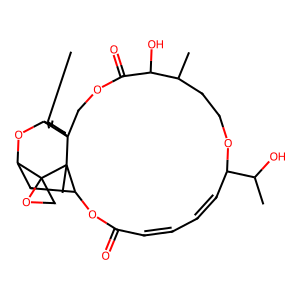
SMILES: CC1=CC2OC3CC4OC(=O)C=CC=CC(C(C)O)OCCC(C)C(O)C(=O)OCC2(CC1)C4(C)C31CO1
Inhibits HIV replication: No